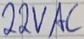
Text: 22VAC